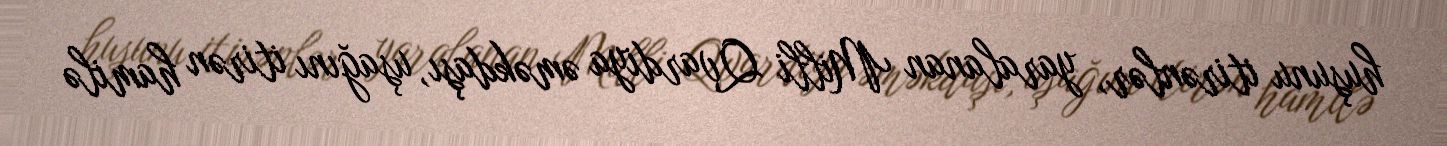
huşunu itirənlər, yaralanan Milli Qvardiya əməkdaşı, uşağını itirən hamilə